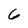
Character: 6